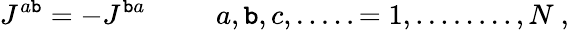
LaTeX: J^{a\mathtt{b}}=-J^{\mathtt{b}a}\ \ \ \ \ \ \ \ \ \ a,\mathtt{b},c,.....=1,........,N\ ,